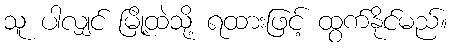
သူ ပါလျှင် မြို့ထဲသို့ ရထားဖြင့် ထွက်နိုင်မည်။